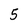
Character: 5